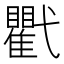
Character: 𢎖